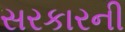
સરકારની